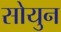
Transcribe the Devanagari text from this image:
सोयुन